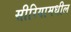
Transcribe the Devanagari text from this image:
सीरियामधील